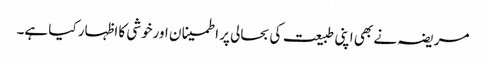
مریضہ نے بھی اپنی طبیعت کی بحالی پر اطمینا ن اورخوشی کا اظہار کیا ہے۔